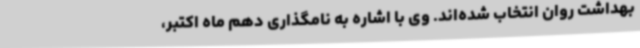
بهداشت روان انتخاب شده‌اند. وی با اشاره به نامگذاری دهم ماه اکتبر،